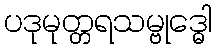
ပဒုမုတ္တရသမ္ဗုဒ္ဓေါ